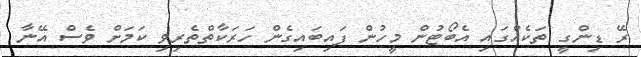
ރޭ ޑިންގީ ތަކެއްގައި އެބޯޓުން މީހުން ފައިބައިގެން ހަރަކާތްތެރިވި ކަމަށް ވެސް އޭނާ